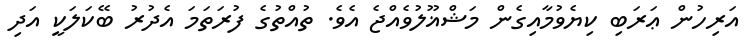
އަރިހުން ޢަރަބި ކިޔެވުމާއިގެން މަޝްޣޫލުވެއްޖެ އެވެ. ތުއްތުގެ ފުރަތަމަ އެދުރު ބޭކަލަކީ އަދި